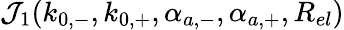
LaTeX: {\mathcal{J}}_{1}({k}_{0,-},{k}_{0,+},{\alpha}_{a,-},{\alpha}_{a,+},{R}_{el})